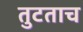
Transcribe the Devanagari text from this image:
तुटताच